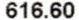
616.60